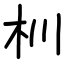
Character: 杊